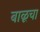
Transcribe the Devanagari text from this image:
बाळूचा